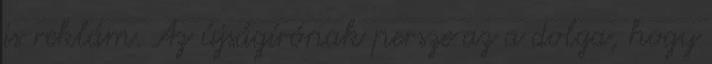
is reklám. Az újságírónak persze az a dolga, hogy